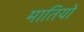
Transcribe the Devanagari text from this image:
मातियों